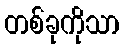
တစ်ခုကိုသာ